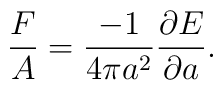
\frac{F}{A}=\frac{-1}{4\pi a^{2}}\frac{\partial E}{\partial a}.